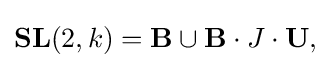
\displaystyle {\mathbf {SL} (2,k)=\mathbf {B} \cup \mathbf {B} \cdot J\cdot \mathbf {U} ,}